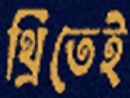
থ্রিতেই